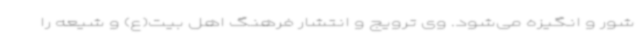
شور و انگیزه می‌شود. وی ترویج و انتشار فرهنگ اهل بیت(ع) و شیعه را